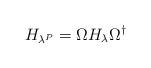
LaTeX: \begin{align*}H_{\lambda^P} = \Omega H_{\lambda} \Omega^{\dagger}\end{align*}